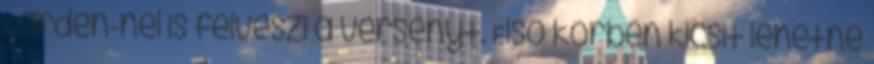
Garden-nel is felveszi a versenyt. Első körben kicsit lehetne